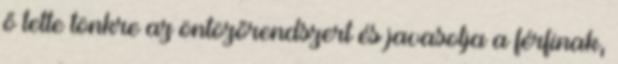
ő tette tönkre az öntözőrendszert és javasolja a férfinak,